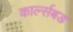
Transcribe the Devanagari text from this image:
कार्ल्सबड